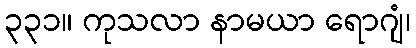
၃၃၁။ ကုသလာ နာမယာ ရောဂျံ၊